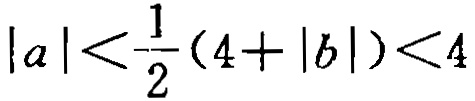
\(|a|<\frac{1}{2}(4 + |b|)<4\)